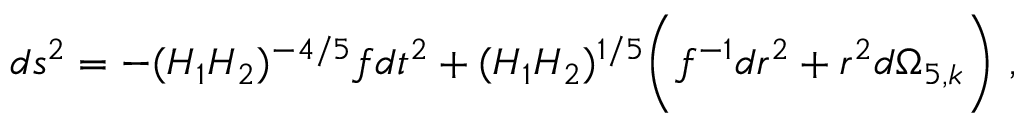
d s ^ { 2 } = - { ( H _ { 1 } H _ { 2 } ) ^ { - { 4 / 5 } } } f d t ^ { 2 } + ( H _ { 1 } H _ { 2 } ) ^ { 1 / 5 } \bigg ( f ^ { - 1 } { d r ^ { 2 } } + r ^ { 2 } d \Omega _ { 5 , k } \bigg ) \ ,